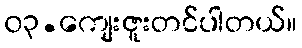
၀၃.ကျေးဇူးတင်ပါတယ်။